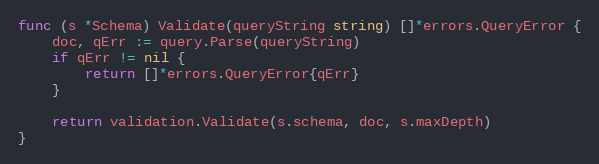
Language: Go
func (s *Schema) Validate(queryString string) []*errors.QueryError {
	doc, qErr := query.Parse(queryString)
	if qErr != nil {
		return []*errors.QueryError{qErr}
	}

	return validation.Validate(s.schema, doc, s.maxDepth)
}